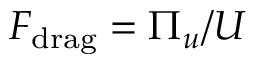
F _ { \mathrm { d r a g } } = \Pi _ { u } / U